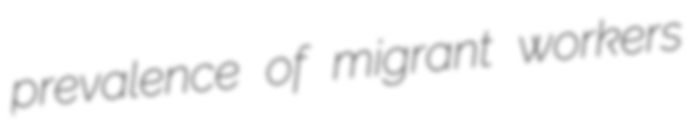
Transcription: prevalence of migrant workers